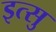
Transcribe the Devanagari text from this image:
इत्सु